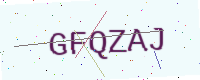
Text: GFQZAJ